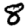
Digit: 8